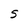
Character: S